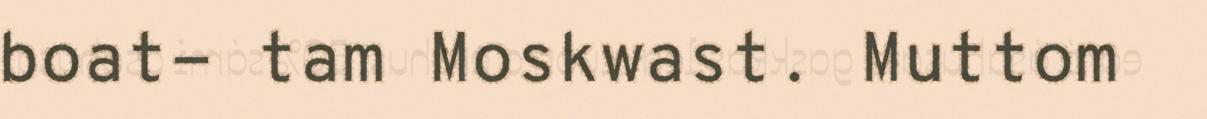
boat- tam Moskwast. Muttom